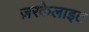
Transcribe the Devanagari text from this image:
ज़रकेलाइट